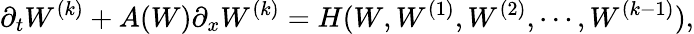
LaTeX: \partial_{t}W^{(k)}+A(W)\partial_{x}W^{(k)}=H(W,W^{(1)},W^{(2)},\cdots,W^{(k-1)}),